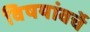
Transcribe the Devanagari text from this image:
विषयांवर्चे